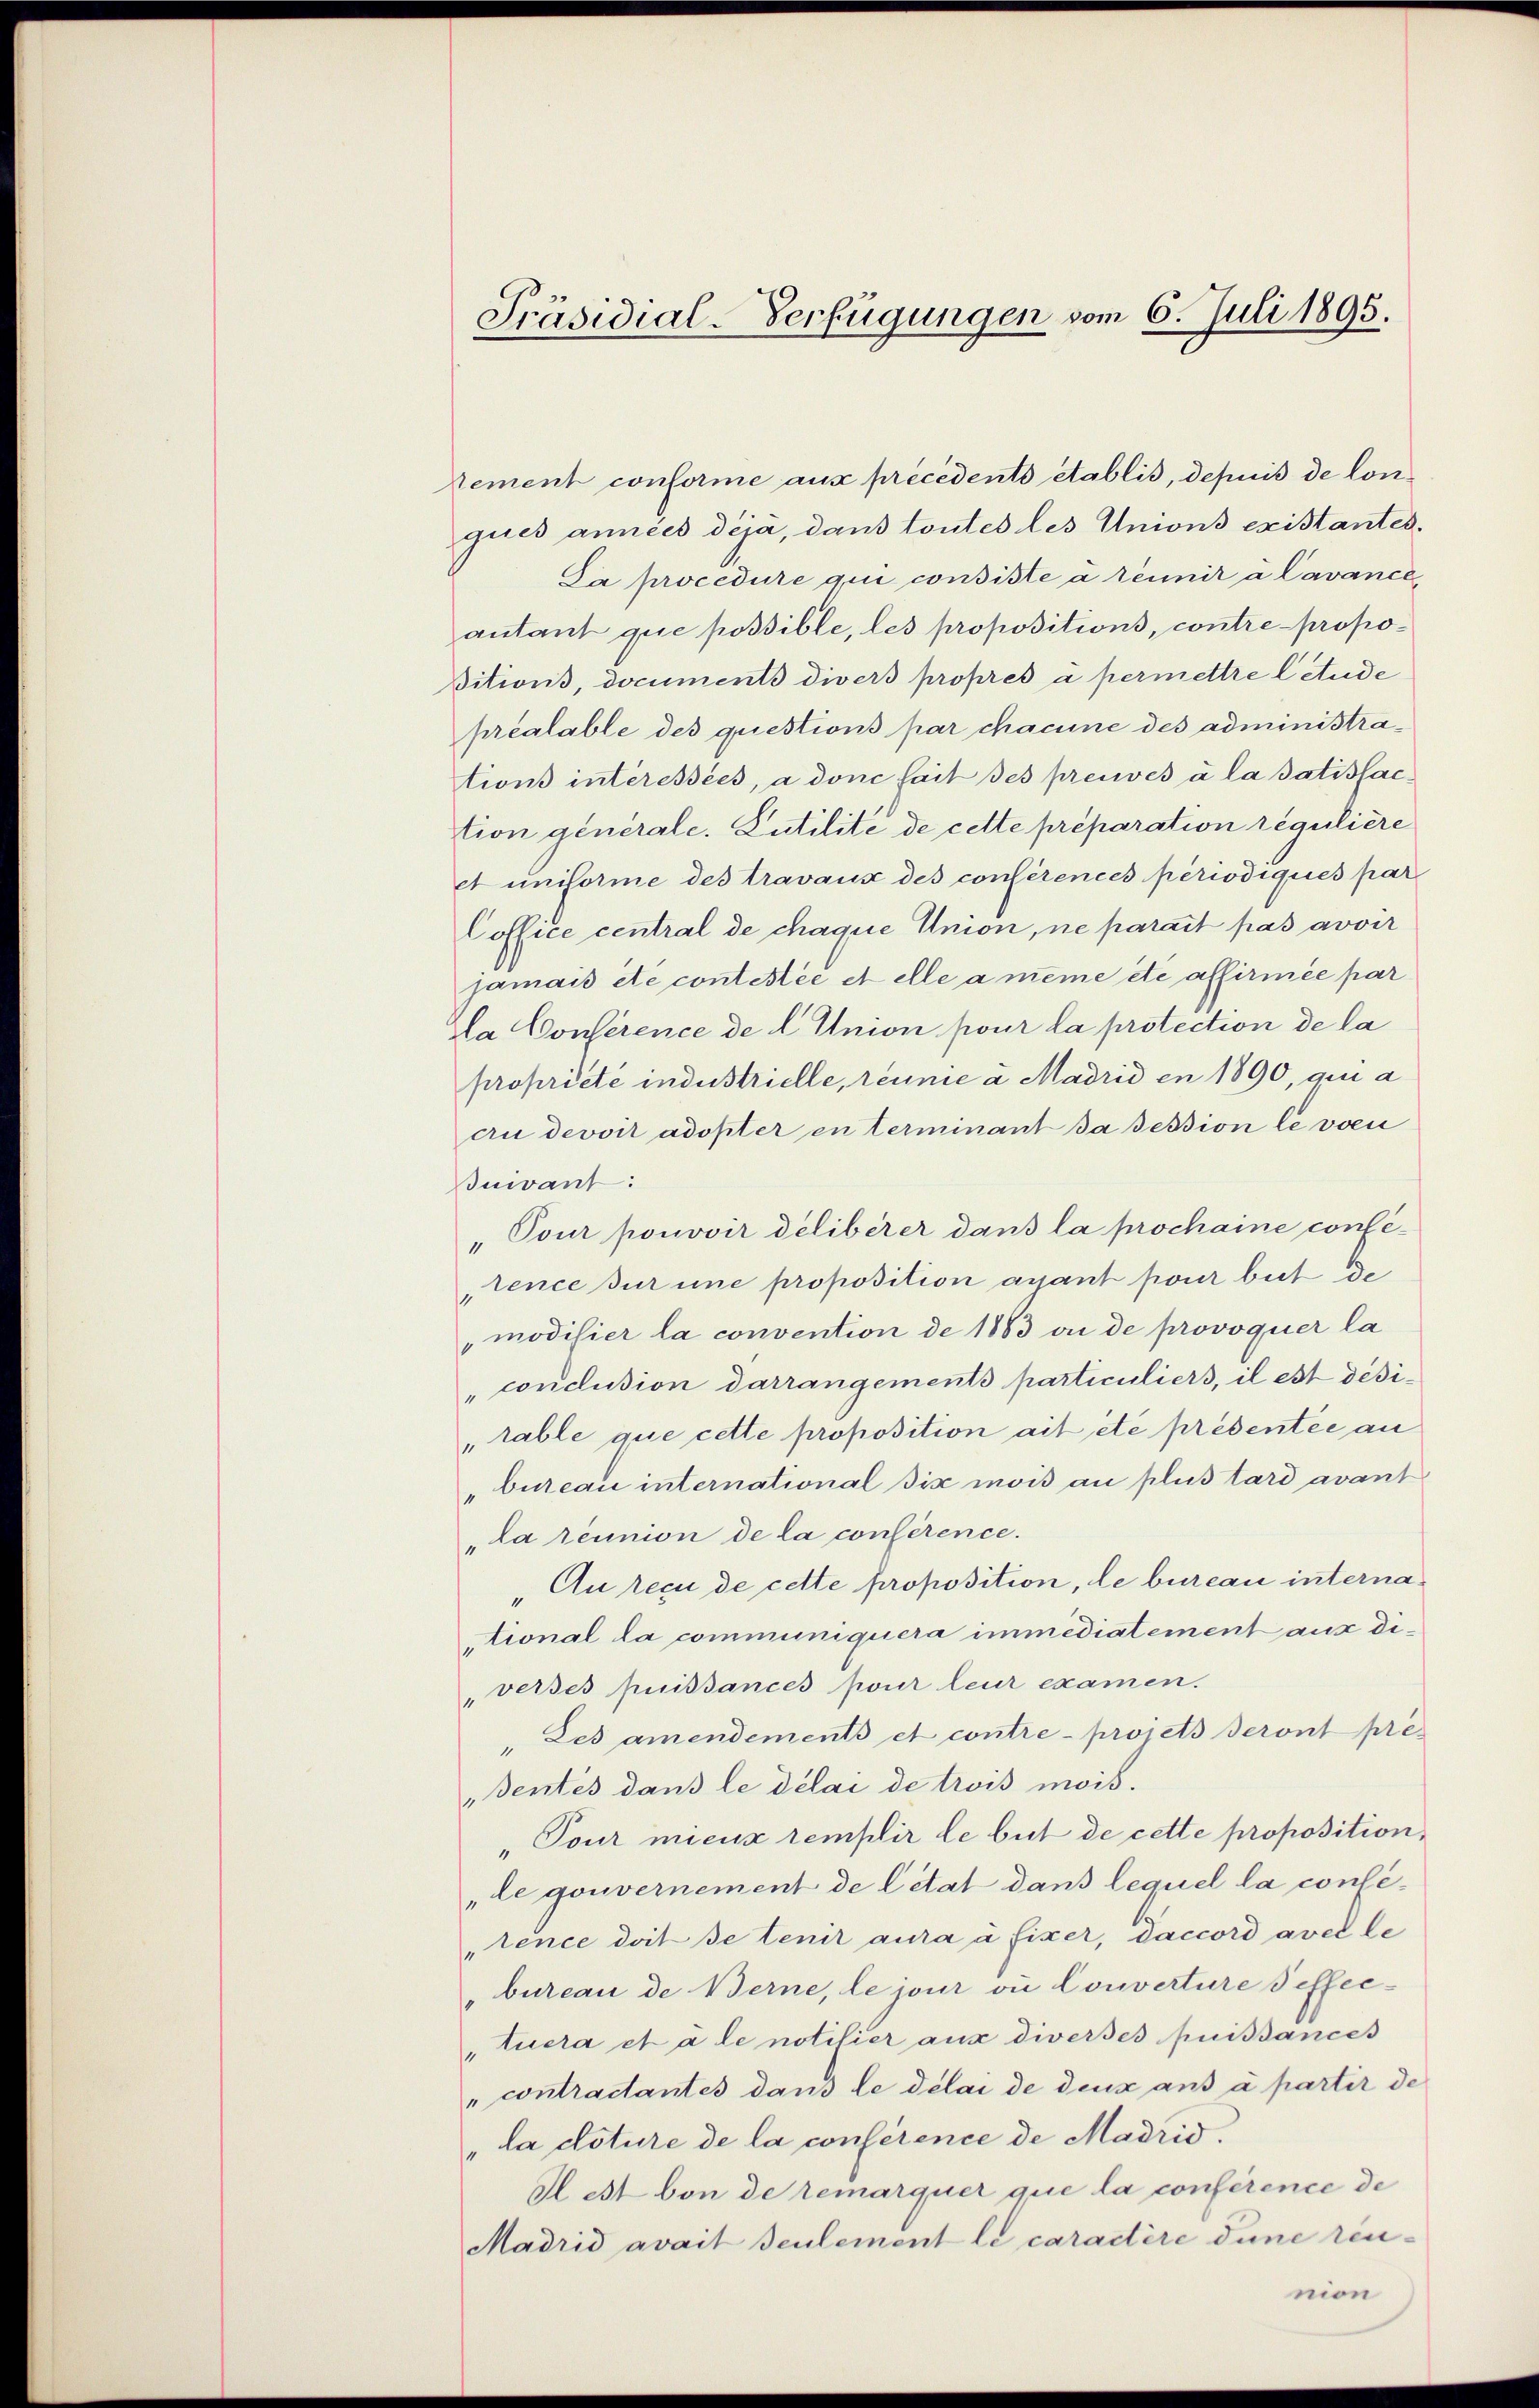
Rement conforme aux précédents établis, depuis de lonques années déja, dans toutes les Unions existantes¬
Da procedure qui consiste a réunir à Cavance,
autant que possible, les propositions, contre propo¬
Bitius, documents divers propres a permettre litude
préalable des questions par chacune des administrations intéressées, a donc fait des preuves à la satisfaction generale. Lutilité de cette préparation régulière
et uniforme des travaux des conférences periodiques par
Coffice central de chaque Union, ne parait pas avoir
jamais etc contestée et elle a même etc affirmée par
da Conference de l. Union pour la protection de la
propriété industrielle, réunie a Madrid in 1890, qui a
cu devoit adopter en terminant da session le von
Buivant:
"Tour pouvoir deliberer dans la prochaine confetence sur une proposition avant pour beit de
modifier la convention de 1883 an de provoquer la
"conclusion darrangements particuliers, il est dési¬
"rable que cette proposition ait été présentée au
„bureau international six mois au plus tard avant
„La réunion de la conférence.
„Au reçu de cette proposition, le bureau international da communiquera immediatement aus di¬
"verses puissances pour leur examen.
"Des amendements et contre-proiets seront pres
Bentés dans le délai de trois mois.
"Tour mieux remplir le beit de cette proposition¬
„le gouvernement de Citat dans lequel la conse-
„tence doit se tenir aura à fixer, Daccord avel le
bureau de Berne, le jour ou Converture effec¬
„tuera et à le notilier aus diverses puissances
" contractantes dans le délai de deux ans à partir de
"la doture de la conférence de Madrid.
Il est von de remarquer que la conférence de
Madrid avait seulement le caractère dune reunion

Präsidial-Verfügungen vom 6. Juli 1895.